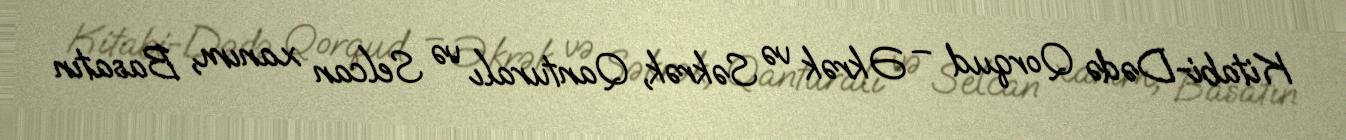
Kitabi-Dədə Qorqud – Əkrək və Səkrək, Qanturalı və Selcan xanım, Basatın